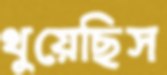
থুয়েছিস